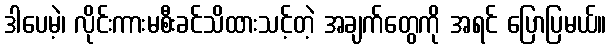
ဒါပေမဲ့၊ လိုင်းကားမစီးခင်သိထားသင့်တဲ့ အချက်တွေကို အရင် ပြောပြမယ်။